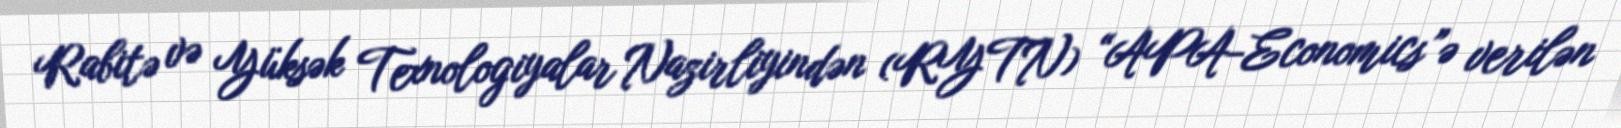
Rabitə və Yüksək Texnologiyalar Nazirliyindən (RYTN) “APA-Economics”ə verilən